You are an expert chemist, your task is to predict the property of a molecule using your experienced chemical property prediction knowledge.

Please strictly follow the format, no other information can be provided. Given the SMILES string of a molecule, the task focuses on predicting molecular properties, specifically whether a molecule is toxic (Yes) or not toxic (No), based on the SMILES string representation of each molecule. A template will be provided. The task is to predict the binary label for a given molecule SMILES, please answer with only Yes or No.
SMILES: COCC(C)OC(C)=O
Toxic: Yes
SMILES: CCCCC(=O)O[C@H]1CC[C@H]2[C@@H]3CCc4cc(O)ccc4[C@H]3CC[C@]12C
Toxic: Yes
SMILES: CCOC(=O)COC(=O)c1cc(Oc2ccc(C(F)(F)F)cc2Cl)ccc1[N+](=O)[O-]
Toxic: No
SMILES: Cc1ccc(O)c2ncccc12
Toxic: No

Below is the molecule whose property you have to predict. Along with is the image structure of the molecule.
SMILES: Cc1cc2cc3c(C)cc(=O)oc3c(C)c2o1
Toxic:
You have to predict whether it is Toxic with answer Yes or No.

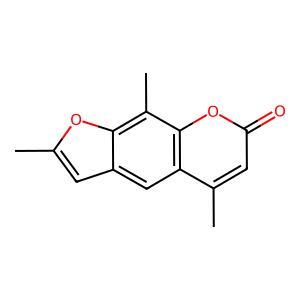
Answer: No